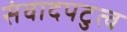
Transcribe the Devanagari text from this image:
संवादपटुत्व